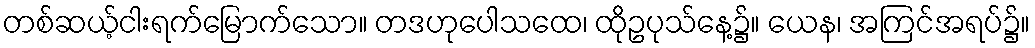
တစ်ဆယ့်ငါးရက်မြောက်သော။ တဒဟုပေါသထေ၊ ထိုဥပုသ်နေ့၌။ ယေန၊ အကြင်အရပ်၌။